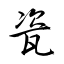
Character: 瓷